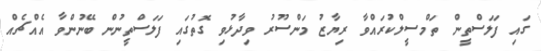
ގައި ފަލަސްތީން ތަމްސީލްކުރައްވާ ރިޔާޒު މަންސޫރު ވިދާޅުވި ގޮތުގައި ފަލަސްތީނުން ބޭނުންވާ އެއްޗެއް